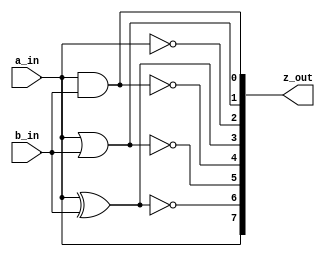
/* LAB 1 COMPUERTAS LOGICAS

Practica para aplicar compuertas basicas en Verilog, para ello, se define un circuito "gates" 
con dos entradas 
*/
module gates(
	// Entradas
	input       a_in, b_in,
	// Salida de 8 bits
	output[7:0] z_out
);
assign z_out[0] = a_in & b_in; // AND LED_7
assign z_out[1] = a_in | b_in; // OR LED_6
assign z_out[2] = ~ a_in; // NOT LED_5 
assign z_out[3] = a_in ^ b_in; //XOR LED_4
assign z_out[4] = ~ (a_in & b_in); // NAND LED_3
assign z_out[5] = ~(a_in | b_in); // NOR LED_2
assign z_out[6] = ~(a_in ^ b_in); // XNOR LED_1
assign z_out[7] = a_in; // YES LED_0SS
endmodule